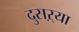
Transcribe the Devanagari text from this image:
दुसऱ्या